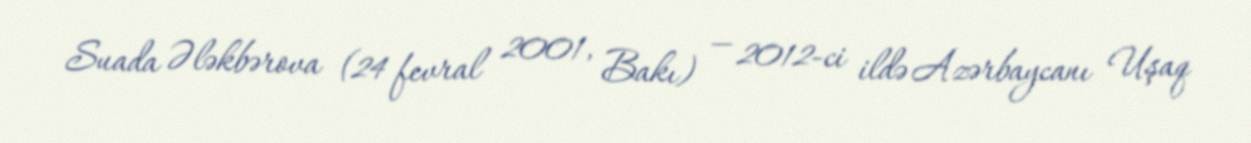
Suada Ələkbərova (24 fevral 2001, Bakı) — 2012-ci ildə Azərbaycanı Uşaq